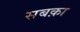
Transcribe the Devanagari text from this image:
सबक़ा